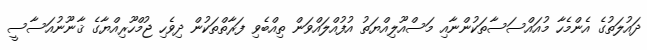
ދައުލަތުގެ އެންމެހާ މުއައްސަސާތަކުންނާއި މަސްއޫލިއްޔަތު އުފުއްލައްވަން ތިއްބެވި ފަރާތްތަކުން ދިވެހި ޖުމްހޫރިއްޔާގެ ޤާނޫނުއަސާސީ